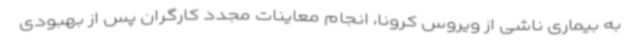
به بیماری ناشی از ویروس کرونا، انجام معاینات مجدد کارگران پس از بهبودی